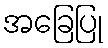
အခြေပြု